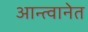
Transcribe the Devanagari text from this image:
आन्त्वानेत